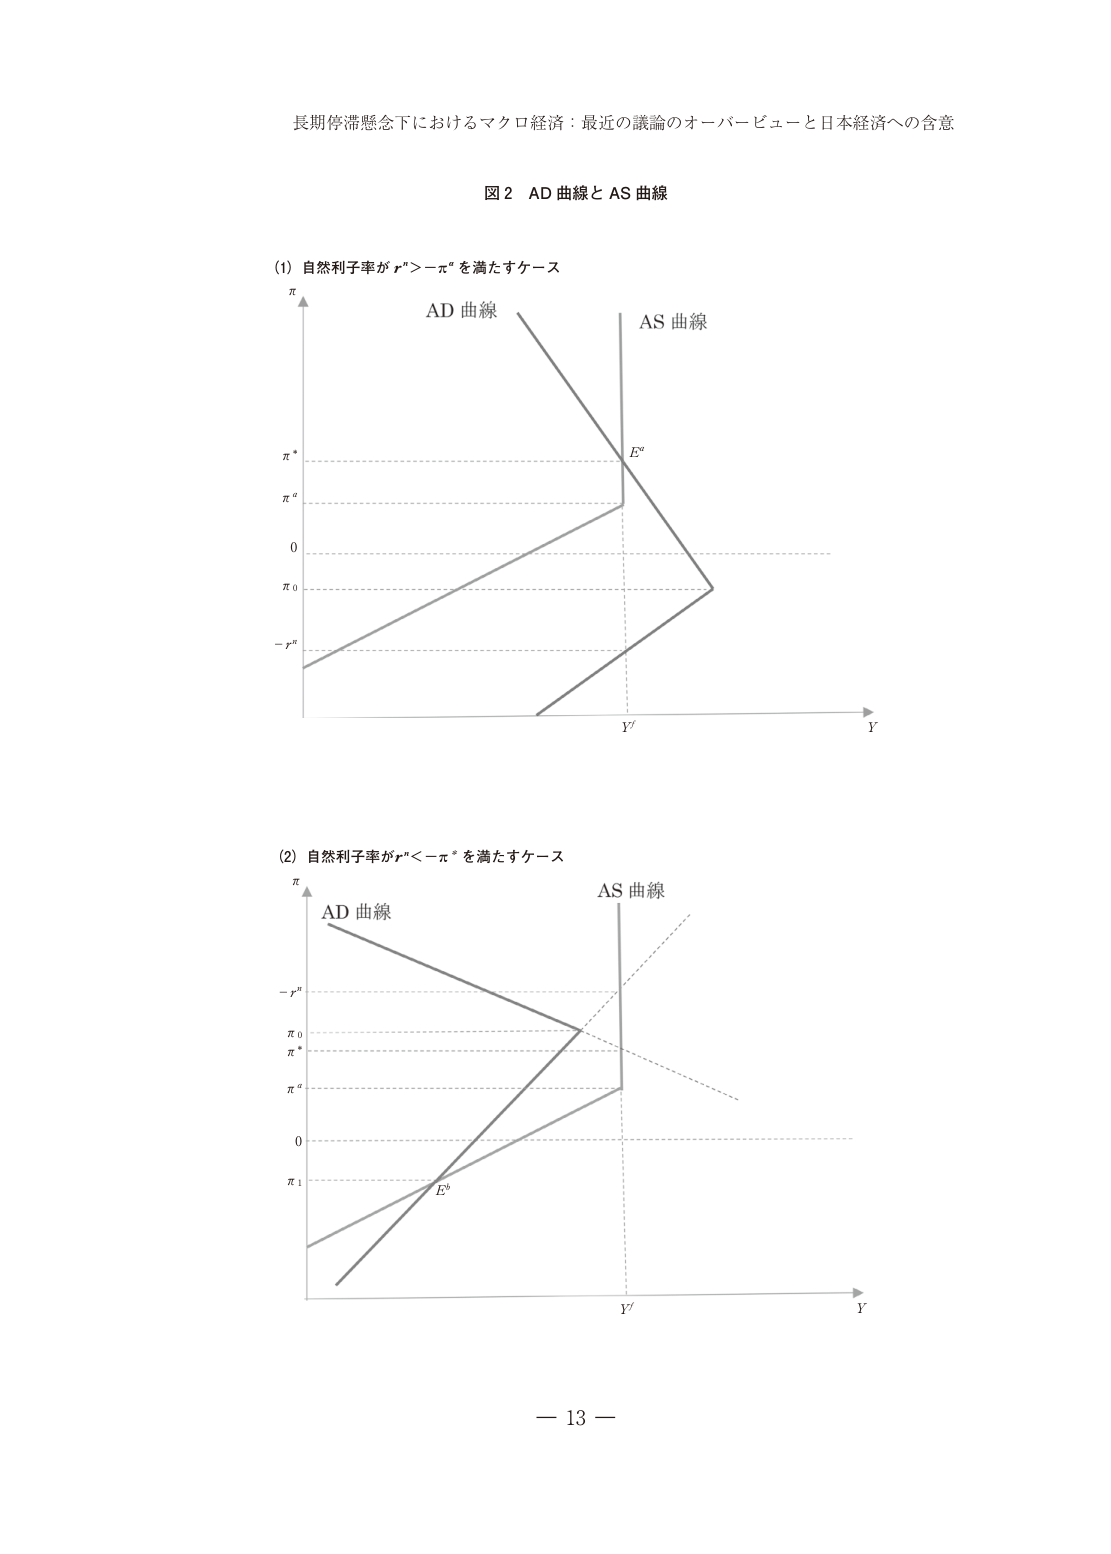
長期停滞懸念下におけるマクロ経済：最近の議論のオーバービューと日本経済への含意

図２ AD 曲線と AS 曲線

(1) 自然利子率が rⁿ > −π* を満たすケース
π
AD 曲線
AS 曲線
π*
πa
0
π0
−rⁿ
Y'
Y

(2) 自然利子率が rⁿ < −π* を満たすケース
π
AD 曲線
AS 曲線
−rⁿ
π0
π*
πa
0
π1
Eᵇ
Y'
Y

－ 13 －